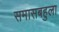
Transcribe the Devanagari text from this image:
समासबहुला